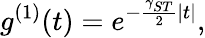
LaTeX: g^{(1)}(t)=e^{-\frac{\gamma_{ST}}{2}|t|},